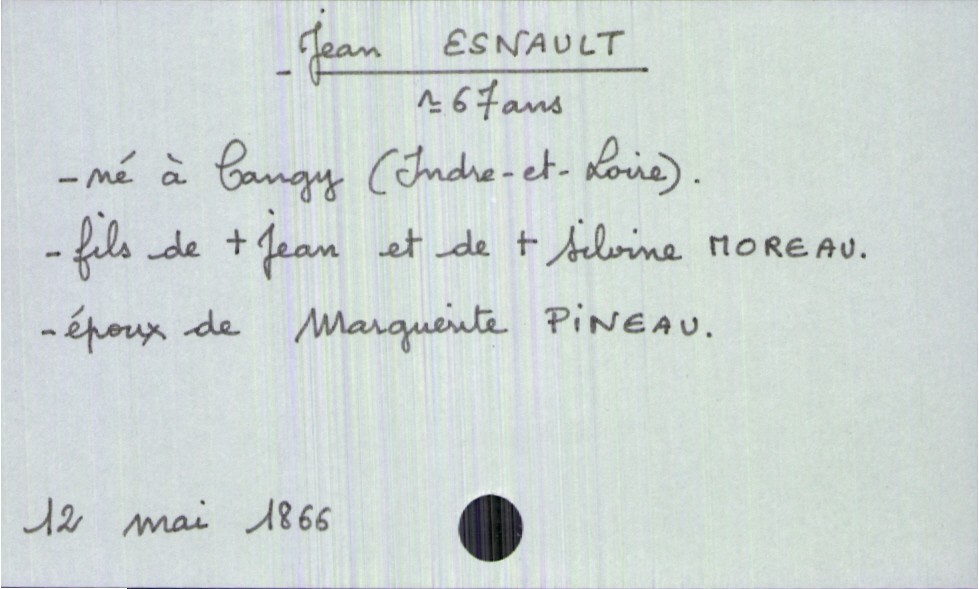
type_acte: Décès
année: 1866
mois: mai
jour: 12
défunt_nom: Esnault
défunt_prénom: Jean
défunt_sexe: H
défunt_âge: 67 ans
défunt_lieu_de_naissance: Cangy (Indre-et-Loire)
défunt_statut: marié(e)
père_défunt_nom: Esnault
père_défunt_prénom: Jean
père_défunt_statut: décédé
mère_défunt_nom: Moreau
mère_défunt_prénom: Silvine
mère_défunt_statut: décédée